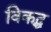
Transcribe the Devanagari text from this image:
विकद्ध